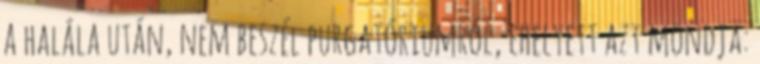
a halála után, nem beszél purgatóriumról, ehelyett azt mondja: